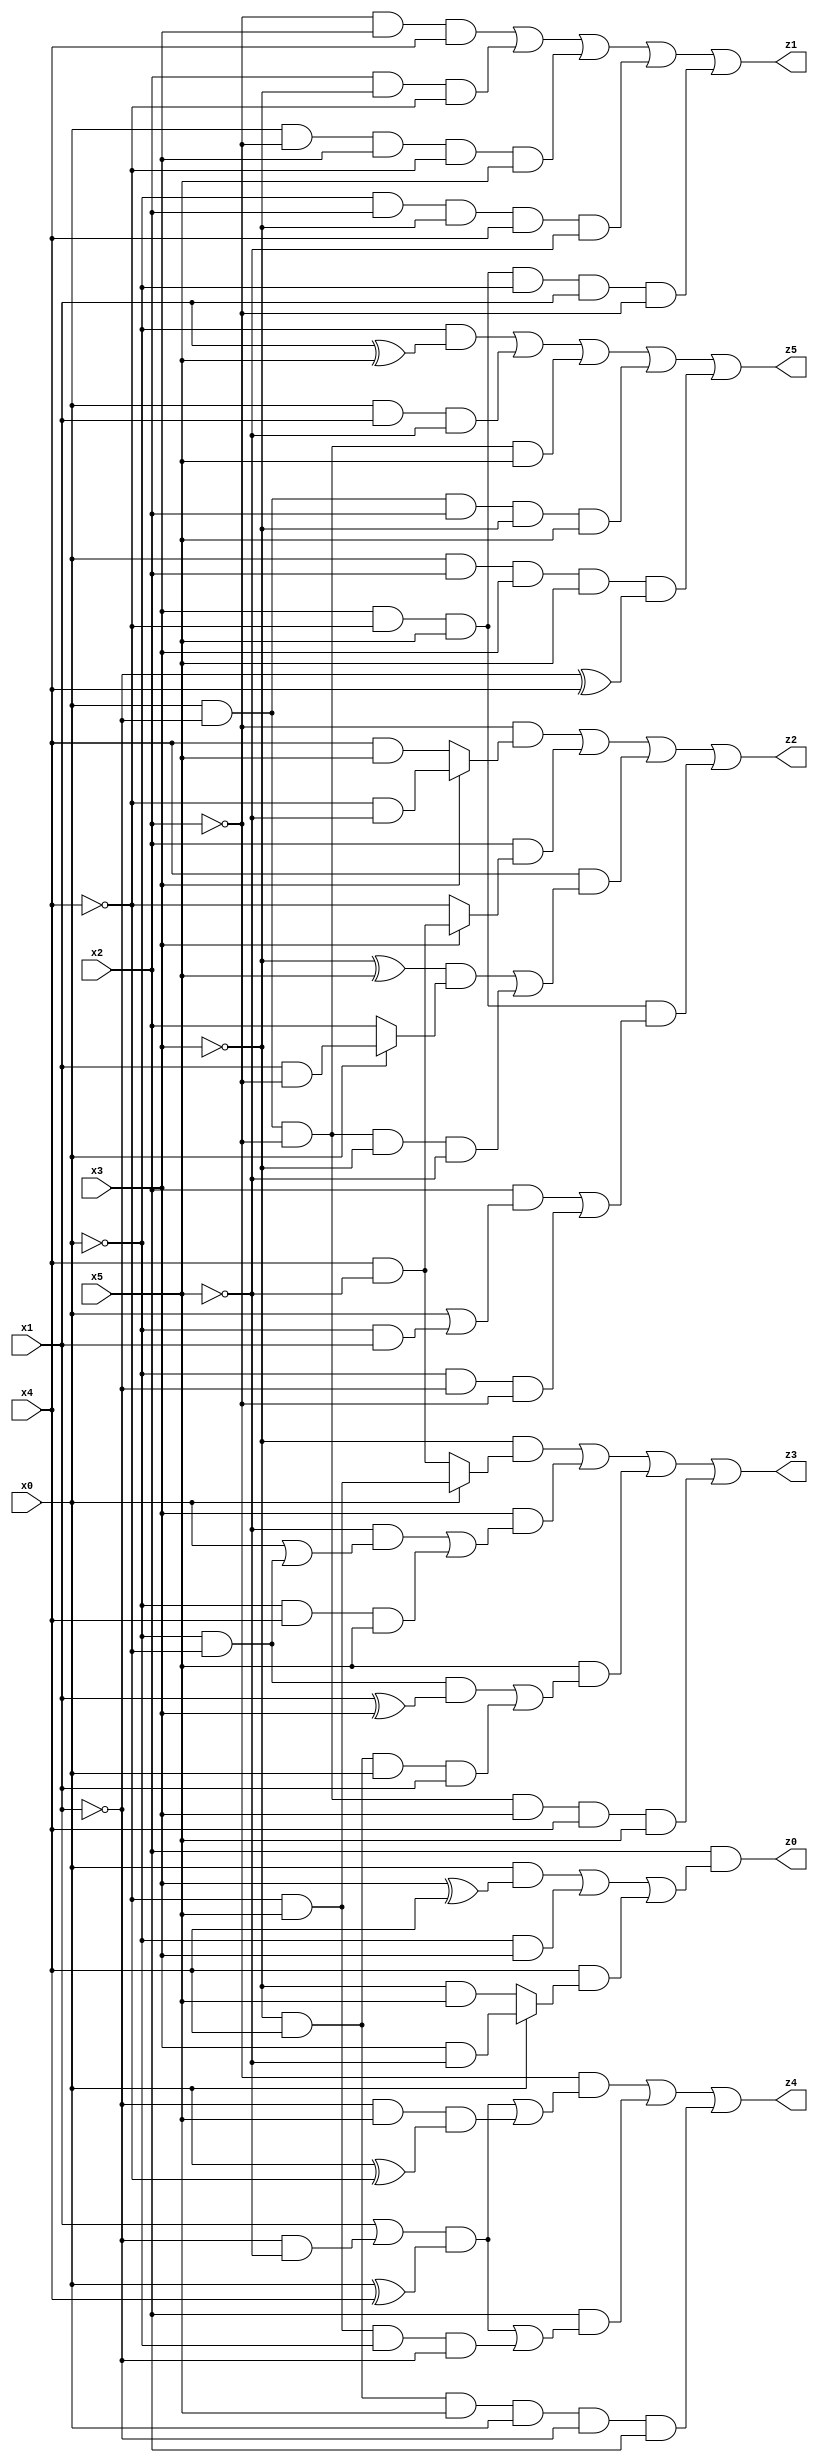
// Benchmark "X_8" written by ABC on Thu Jun 29 03:14:29 2023

module X_8 ( 
    x0, x1, x2, x3, x4, x5,
    z0, z1, z2, z3, z4, z5  );
  input  x0, x1, x2, x3, x4, x5;
  output z0, z1, z2, z3, z4, z5;
  assign z0 = x2 & ((x0 & (x3 ^ x4)) | (~x0 & x3) | (x4 & (x0 ? (x3 & ~x5) : (~x3 & x5))));
  assign z1 = (~x2 & x3 & x4) | (x2 & ~x3 & ~x4) | (x0 & ~x2 & x3 & ~x4 & x5) | (~x0 & x2 & ~x3 & x4 & ~x5) | (x3 & ~x4 & x5 & ~x0 & x1 & ~x2);
  assign z2 = (~x2 & (x3 ? (~x4 & ~x5) : (x4 & x5))) | (x2 & (x3 ? (x4 & ~x5) : ~x4)) | (x4 & (((~x3 ^ x5) & (x0 ? (x1 & ~x2) : x2)) | (x0 & ~x1 & ~x2 & ~x3 & ~x5))) | (x3 & ~x4 & x5 & ((x2 & (x0 | (~x0 & x1))) | (~x0 & ~x1 & ~x2)));
  assign z3 = (~x3 & (x0 ? (~x4 & x5) : (x4 & ~x5))) | (x3 & ((~x5 & (x0 | (~x0 & ~x4))) | (~x0 & x4 & x5))) | (x5 & ((~x0 & ~x4 & (x1 ^ x3)) | (~x3 & x4 & x0 & x1))) | (x0 & ~x1 & ~x2 & x3 & x4 & x5);
  assign z4 = (~x2 & (((x1 | (~x1 & ~x5)) & (x0 ^ x4)) | (~x1 & x5 & (x0 ^ ~x4)))) | (x2 & (((x1 | (~x1 & ~x5)) & (x0 ^ x4)) | (~x4 & x5 & ~x0 & ~x1))) | (~x3 & x4 & x5 & x0 & ~x1 & x2);
  assign z5 = (~x0 & (x1 ^ x5)) | (x0 & x1 & ~x5) | (x0 & ~x1 & ~x2 & x5) | (x0 & ~x1 & x2 & ~x3 & x5) | (x0 & x2 & x3 & x5 & (~x1 ^ x4));
endmodule